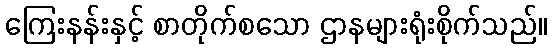
ကြေးနန်းနှင့် စာတိုက်စသော ဌာနများရုံးစိုက်သည်။